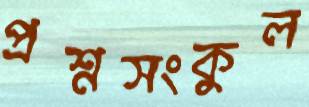
প্রশ্নসংকুল